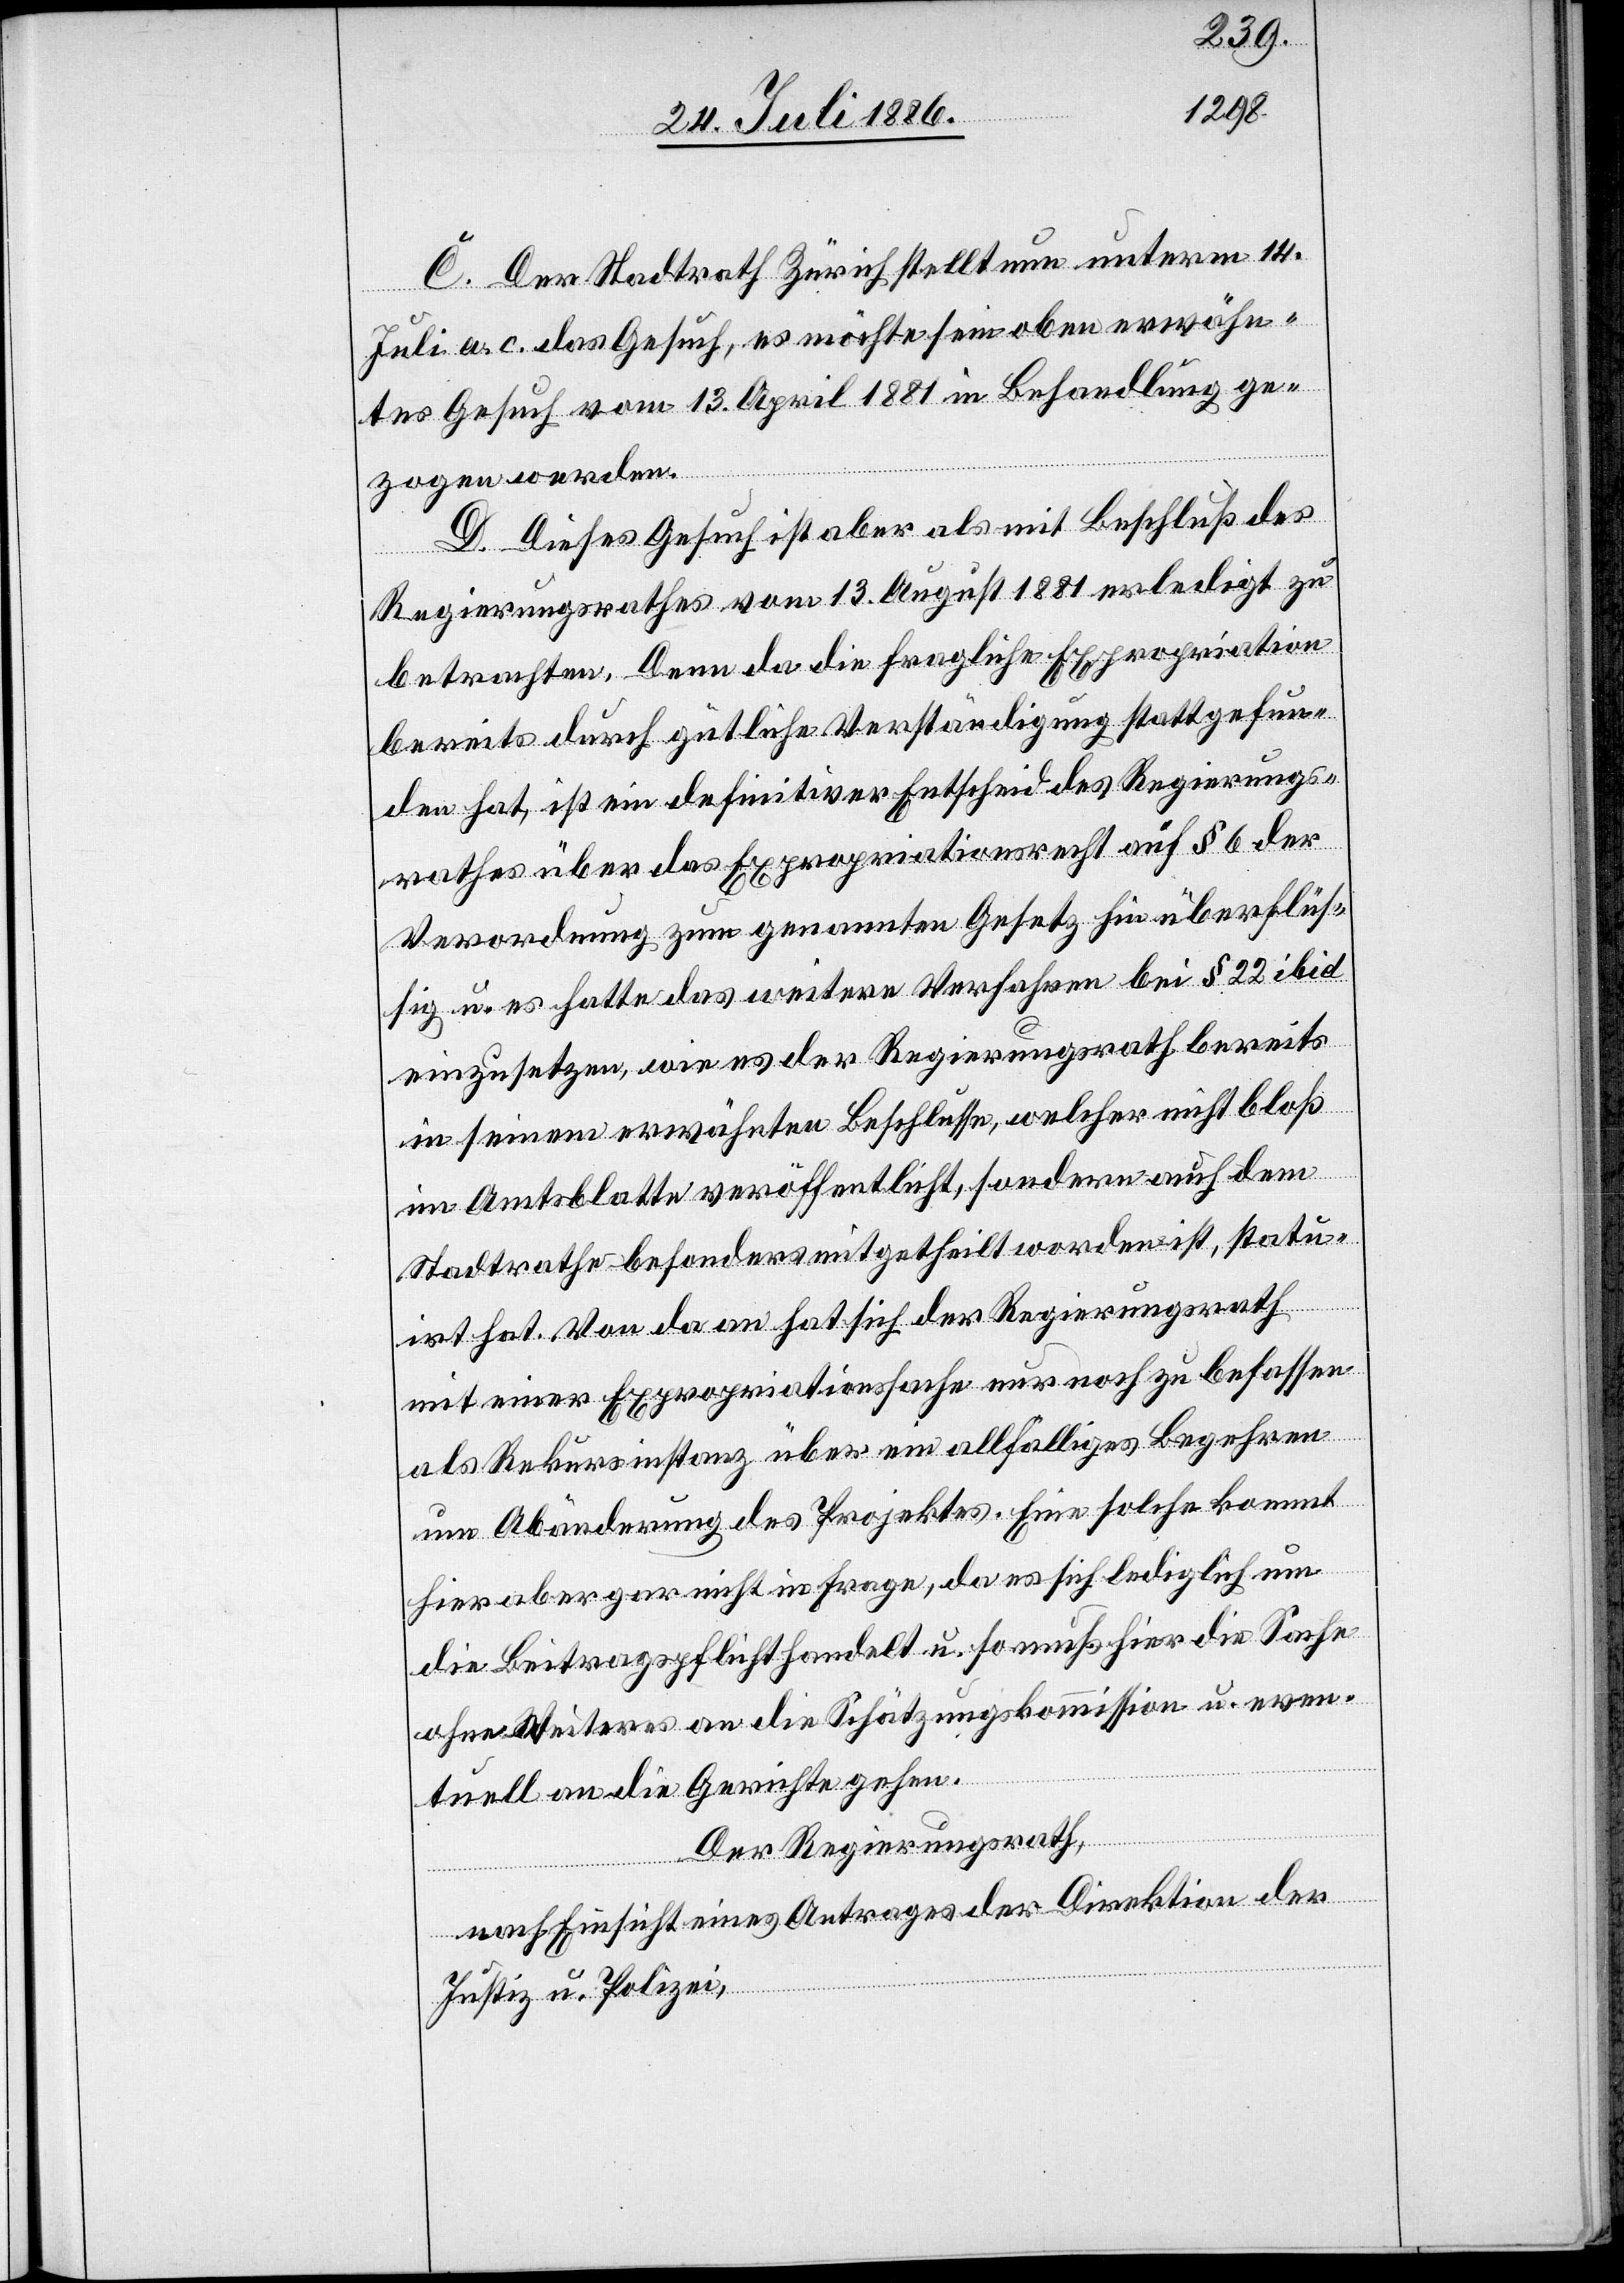
C. Der Stadtrath Zürich stellt nun unterm 14.
Juli a. c. das Gesuch, es möchte sein oben erwähn¬
tes Gesuch vom 13. April 1881 in Behandlung ge¬
zogen werden.
D. Dieses Gesuch ist aber als mit Beschluß des
Regierungsrathes vom 13. August 1881 erledigt zu
betrachten. Denn da die Fragliche Expropriation
bereits durch gütliche Verständigung stattgefun¬
den hat, ist ein definitiver Entscheid des Regierungs¬
rathes über das Expropriationsrecht auf § 6 der
Verordnung zum genannten Gesetz hin überflüs¬
sig u. es hatte das weitere Verfahren bei § 22 ibid
einzusetzen, wie es der Regierungsrath bereits
in seinem erwähnten Beschlusse, welcher nicht bloß
im Amtsblatte veröffentlicht, sondern auch dem
Stadtrathe besondern mitgetheilt worden ist, statu¬
irt hat. Von da an hat sich der Regierungsrath
mit einer Expropriationssache nur noch zu befassen
als Rekursinstanz über ein allfälliges Begehren
um Abänderung des Projektes. Eine solche kommt
hier aber gar nicht in Frage, da es sich lediglich um
die Beitragspflicht handelt u. so muß hier die Sache
ohne Weiteres an die Schätzungskommission u. even¬
tuell an die Gerichte gehen.
Der Regierungsrath,
nach Einsicht eines Antrages der Direktion der
Justiz u. Polizei,